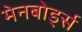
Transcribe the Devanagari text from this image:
मेनबोर्ड्स